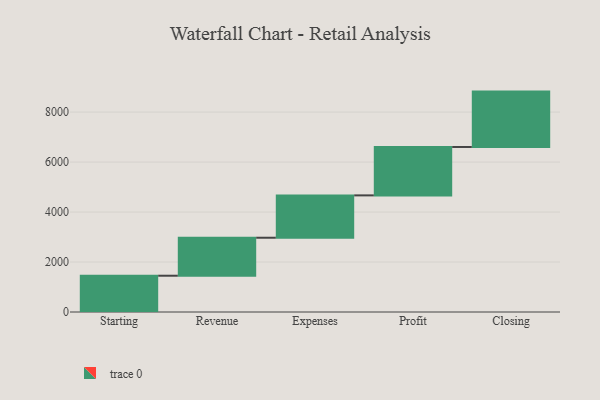
{"axis": {"x": "Step", "y": "Value"}, "legend": [""], "data": [{"x": "Starting", "y": 1452.0, "type": ""}, {"x": "Revenue", "y": 1520.0, "type": ""}, {"x": "Expenses", "y": 1695.0, "type": ""}, {"x": "Profit", "y": 1937.0, "type": ""}, {"x": "Closing", "y": 2216.0, "type": ""}]}